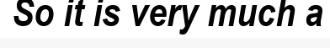
So it is very much a